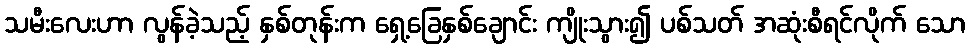
သမီးလေးဟာ လွန်ခဲ့သည့် နှစ်တုန်းက ရှေ့ခြေနှစ်ချောင်း ကျိုးသွား၍ ပစ်သတ် အဆုံးစီရင်လိုက် သော